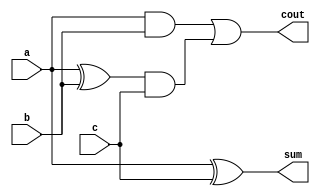
`timescale 1ns / 1ps
//////////////////////////////////////////////////////////////////////////////////
// Company: 
// Engineer: 
// 
// Design Name: 
// Module Name: fulladderstructural
// Project Name: 
// Target Devices: 
// Tool Versions: 
// Description: 
// 
// Dependencies: 
// 
// Revision:
// Revision 0.01 - File Created
// Additional Comments:
// 
//////////////////////////////////////////////////////////////////////////////////


module fulladderstructural(a,b,c,sum,cout);
input a,b,c;
output sum,cout;
wire a1,a2,a3;
xor g1(a1,a,b);
and g2(a2,a,b);
and g3(a3,a1,c);
or  g4(cout,a2,a3);
xor g5(sum,a,c);
endmodule